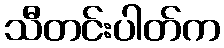
သီတင်းပါတ်က